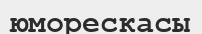
юморескасы